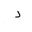
Letter: _dal